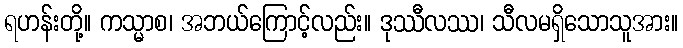
ရဟန်းတို့။ ကသ္မာစ၊ အဘယ်ကြောင့်လည်း။ ဒုဿီလဿ၊ သီလမရှိသောသူအား။